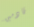
قادمين